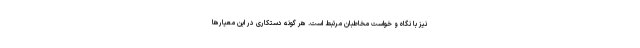
نیز با نگاه و خواست مخاطبان مرتبط است. هر گونه دستکاری در این معیارها